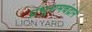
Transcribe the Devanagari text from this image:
प्रभूरामचंद्राने